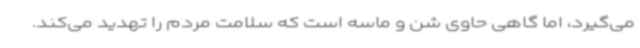
می‌گیرد، اما گاهی حاوی شن و ماسه است که سلامت مردم را تهدید می‌کند.